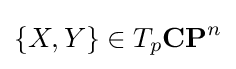
\{X,Y\}\in T_{p}\mathbf {CP} ^{n}